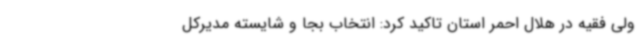
ولی فقیه در هلال احمر استان تاکید کرد: انتخاب بجا و شایسته مدیرکل